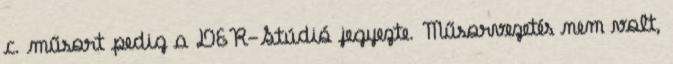
c. műsort pedig a DER-Stúdió jegyezte. Műsorvezetés nem volt,